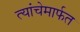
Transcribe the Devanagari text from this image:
त्यांचेमार्फत